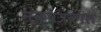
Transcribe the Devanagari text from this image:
नक्षत्रकाल